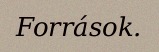
Források.